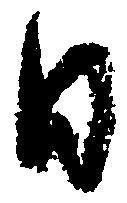
日